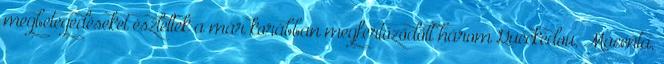
megbetegedéseket észleltek a már korábban megfertőződött három Guéckédou, Macenta,